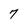
Character: 7